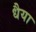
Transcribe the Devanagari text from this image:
धैया